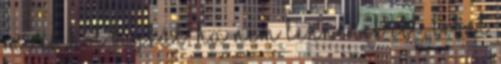
mi és hol bujkál, ha nem lennének itt, lehet